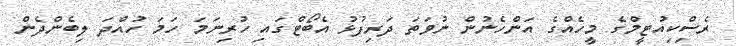
ރެސްިކިއުޓީމްގެ މީހެއްގެ އަންހެނުން ނުވަތަ ދަރިފުޅު އެބޯޓްގައި ހުރިނަމަ ހަމަ ހުއްދަ ލިބެންދެން